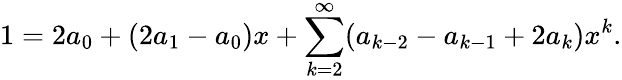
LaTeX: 1=2a_{0}+(2a_{1}-a_{0})x+\sum_{k=2}^{\infty}(a_{k-2}-a_{k-1}+2a_{k})x^{k}.